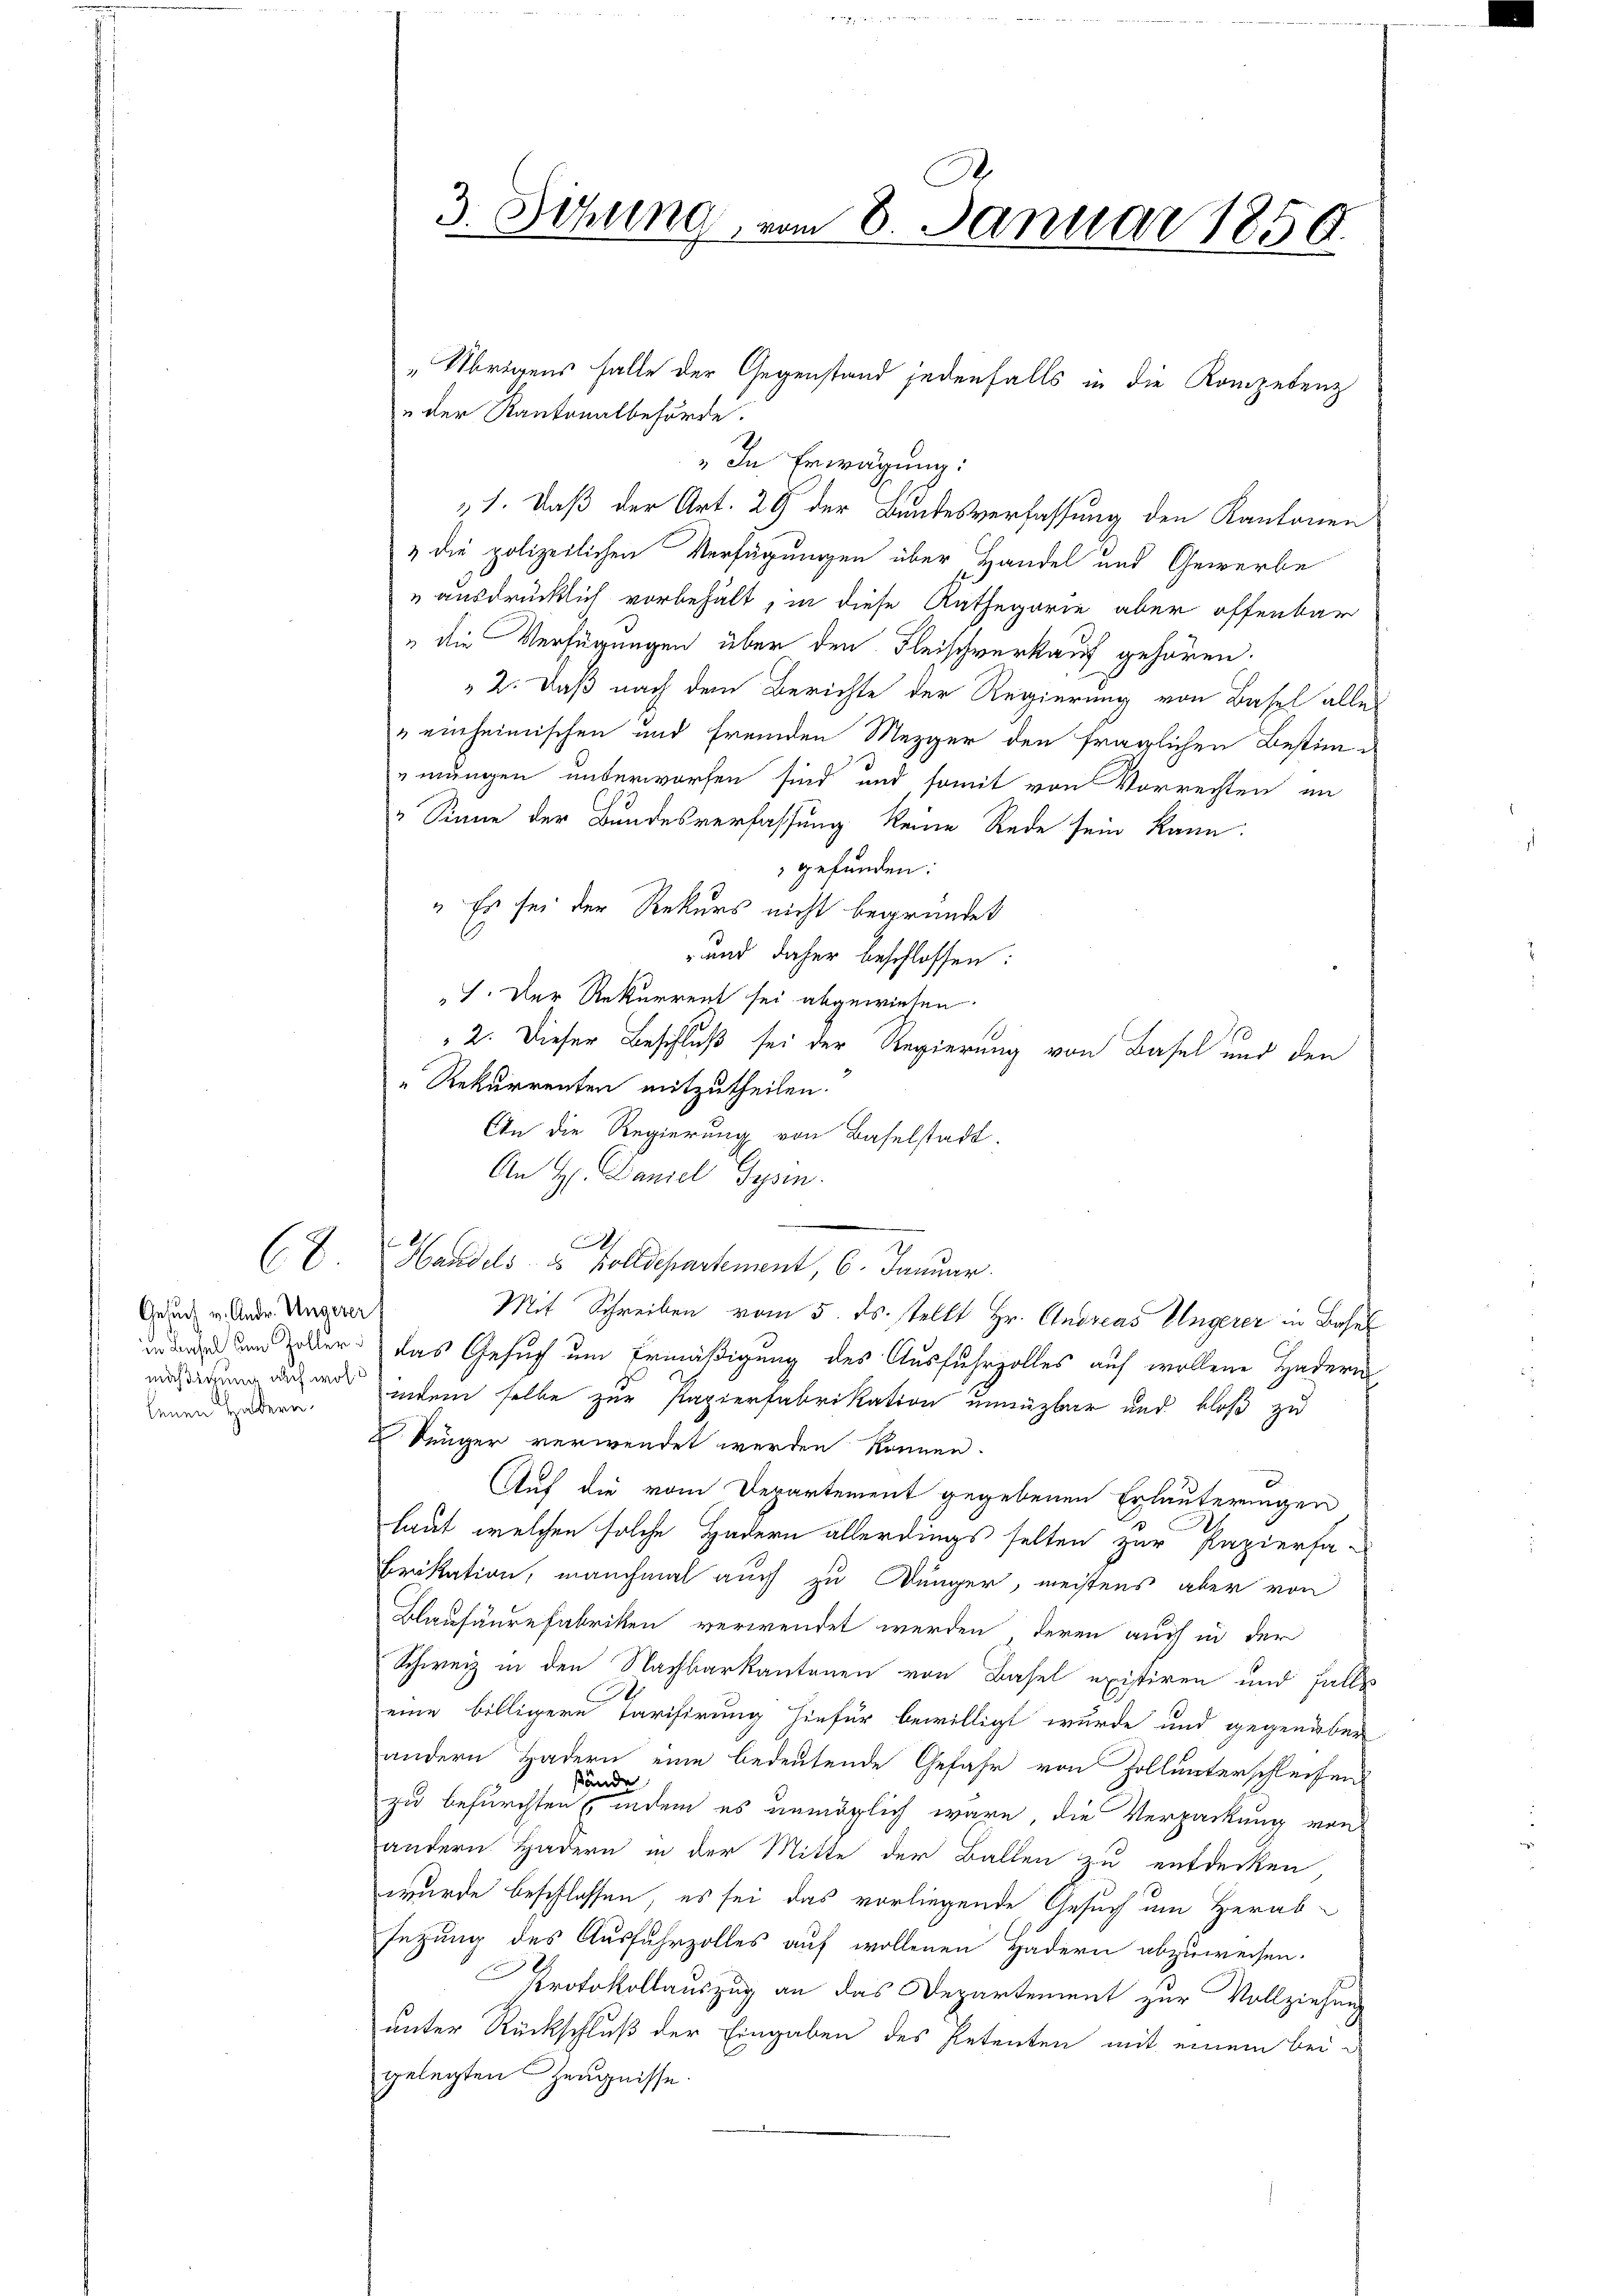
Gesuch v. Andr. Ungerer
mäßigung auf wohl
lenen Hadern.

8.

„der Kantonalbehörde.
" In Erwägung:
„1. Daß der Art. 29 der Bundesverfassung den Kantonen
& die polizeilichen Verfügungen über, Handel und Gewerbe
u ausdrücklich vorbehält, in diese Kathegorie aber offenbar
" die Verfügungen über den Fleischverkauf gehören.
" 2. Daß nach dem Berichte der Regierung von Basel alle
" einheimischen und fremden Mezger den fraglichen Bestim
mungen unterworfen sind und somit von Vorrechten im
" Sinne der Bundesverfassung keine Rede sein kann:
gefunden:
" Es sei der Rekurs nicht begründet
-und daher beschlossen:
I. Der Rekurrent sei abgewiesen.
2. Dieser Beschluß sei der Regierung von Basel und den
" Rekurrenten mitzutheilen.
An die Regierung von Baselstadt.
An Hr. Daniel Gesin
—
A
Haridels- & Zolldepartement, 6. Januar.
Mit Schreiben vom 5. ds. stellt Hr. Andreas Ungerer in Basel
urde um der das Gesuch um Ermäßigung des Ausfuhrzolles auf wollene Hadern
indem selbe zur Papierfabrikation unnüzbar und bloß zu
 Jünger verwendet werden können.
Auf die vom Departement gegebenen Erläuterungen
laut, welchen solche Hadern allerdings selten zur Papierfa-
Brikation, manchmal auch zu Dünger, meistens aber von
Blausäure Fabriken verwendet werden, deren auch in der
Schweiz in den Nachbarkantonen von Basel existiren und falls
eine billigere Tarifirung hiefür bewilligt wurde und gegenüber
andern Hadern eine bedeutende Gefahr von Zollunterschleifen
stände
zu befürchten (indem es unmöglich wäre die Verpackung von
andern Hadern in der Mitte der Ballen zu entdecken
wurde beschlossen, es sei das vorliegende Gesuch um Herab-
sezung des Ausfuhrzolles auf wollenen Hadern abzuweisen.
Protokollauszug an das Departement zur Vollziehung
unter Rückschluß der Eingaben des Petenten mit einem bei de
gelegten Zeugnisse.

3. Sitzung, vom 8. Januar 1850.

„Übrigens falle der Gegenstand jedenfalls in die Kompetenz